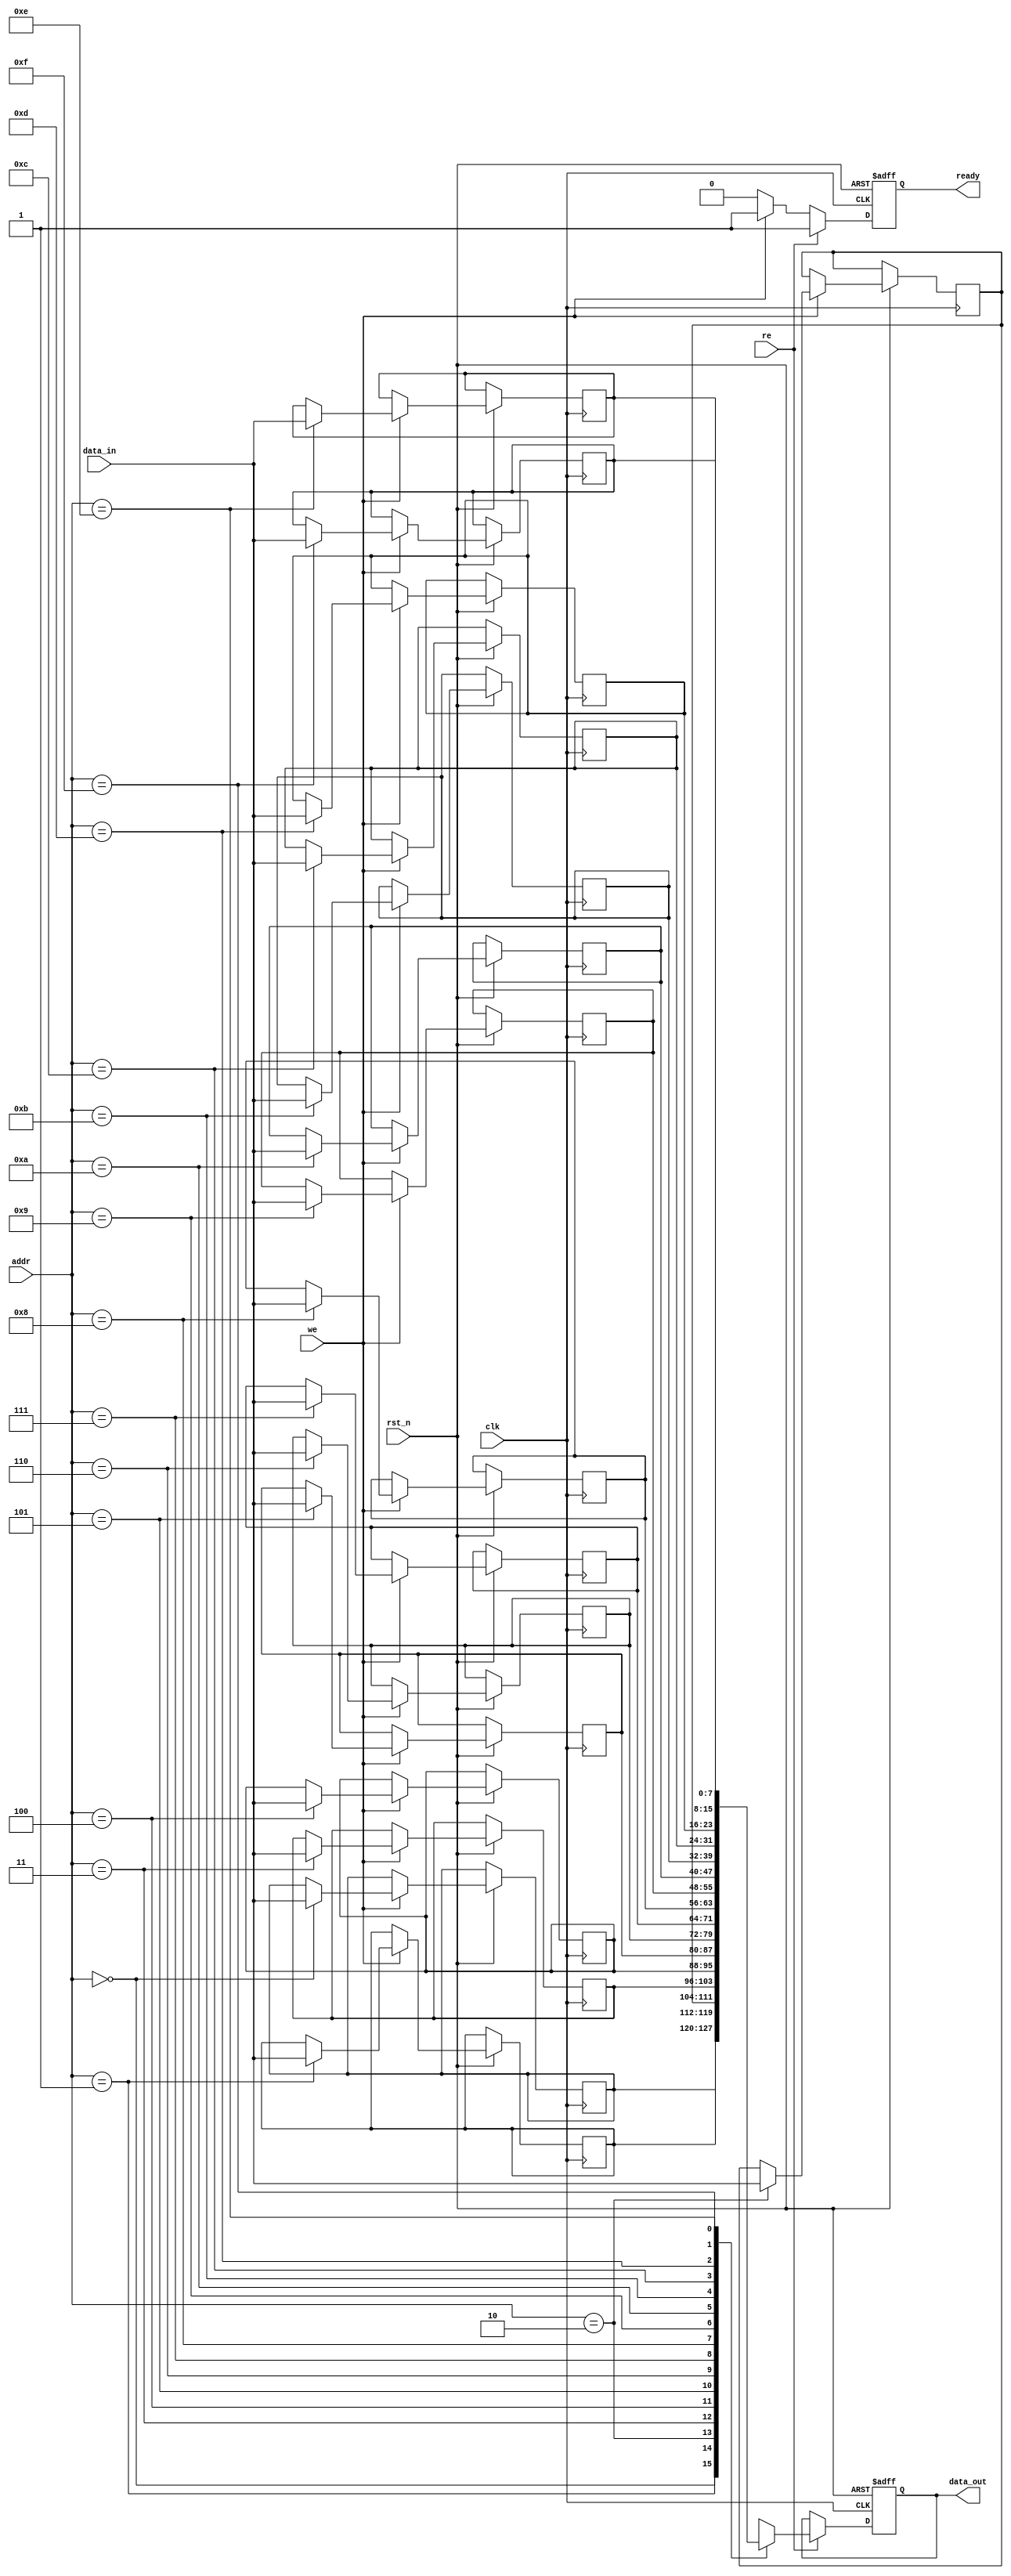
module low_power_sram #(
    parameter DATA_WIDTH = 8,    // Data width (8, 16, 32 bits)
    parameter ADDR_WIDTH = 4,     // Address width (for 16 cells)
    parameter MEM_DEPTH = 1 << ADDR_WIDTH // Memory depth
) (
    input wire clk,
    input wire rst_n,
    input wire [ADDR_WIDTH-1:0] addr,
    input wire [DATA_WIDTH-1:0] data_in,
    input wire we,               // Write enable
    input wire re,               // Read enable
    output reg [DATA_WIDTH-1:0] data_out,
    output reg ready             // Ready indication
);

    // Memory array declaration
    reg [DATA_WIDTH-1:0] memory [0:MEM_DEPTH-1];

    // Address decoder logic
    wire [MEM_DEPTH-1:0] word_select;
    assign word_select = 1 << addr;

    // Control Logic
    always @(posedge clk or negedge rst_n) begin
        if (!rst_n) begin
            data_out <= 0;
            ready <= 0;
        end else begin
            ready <= 0; // Default ready to false on clock edge
            if (we) begin
                memory[addr] <= data_in; // Write operation
                ready <= 1;               // Indicate operation is complete
            end
            if (re) begin
                data_out <= memory[addr]; // Read operation
                ready <= 1;               // Indicate operation is complete
            end
        end
    end

    // Optional: Sleep Mode Control (power management)
    // Example: Implement sleep/wake mechanism if needed
    reg sleep_mode;
    always @(posedge clk or negedge rst_n) begin
        if (!rst_n) begin
            sleep_mode <= 0;
        end else if (ready == 0) begin
            sleep_mode <= 1; // Enter sleep mode when not active
        end else begin
            sleep_mode <= 0; // Wake up when activity detected
        end
    end

    // Optionally manage power consumption and I/O interfacing
    // Add I/O buffers, clock gating, etc. as needed for specific applications

endmodule